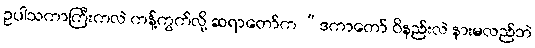
ဥပါသကာကြီးကလဲ ကန့်ကွက်လို့ ဆရာတော်က “ဒကာတော် ဝိနည်းလဲ နားမလည်ဘဲ